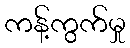
ကန့်ကွက်မှု